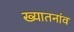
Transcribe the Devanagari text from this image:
ख्यातनांव